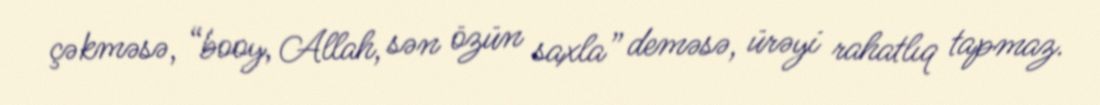
çəkməsə, “booy, Allah, sən özün saxla” deməsə, ürəyi rahatlıq tapmaz.